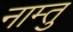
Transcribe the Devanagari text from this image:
नाम्तु